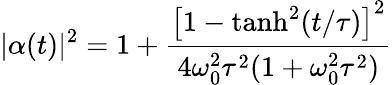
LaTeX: |\alpha(t)|^{2}=1+\frac{\left[1-\operatorname{tanh}^{2}(t/\tau)\right]^{2}}{4\omega_{0}^{2}\tau^{2}(1+\omega_{0}^{2}\tau^{2})}